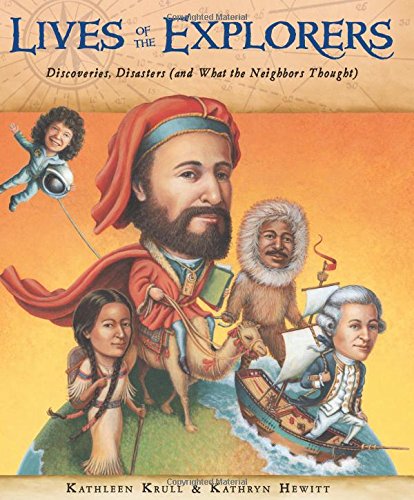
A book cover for Lives of the Explorers: Discoveries, Disasters (and What the Neighbors Thought); Kathleen Krull; Children's Books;